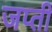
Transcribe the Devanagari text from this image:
जप्‍ती